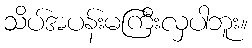
သိပ်အပန်းမကြီးလှပါဘူး။